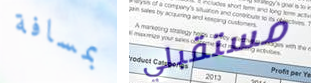
بمسافة مستقبلي